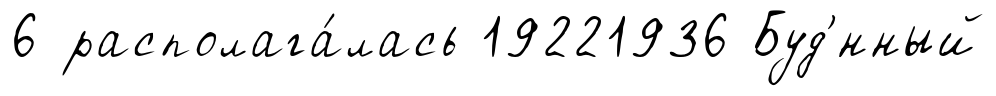
6 располага́лась 19221936 Буд'́нный